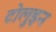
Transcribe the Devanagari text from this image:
टोलुइन